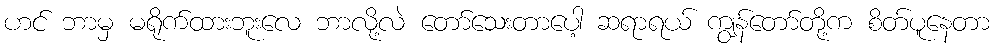
ဟင် ဘာမှ မရိုက်ထားဘူးလေ ဘာလို့လဲ တော်သေးတာပေါ့ ဆရာရယ် ကျွန်တော်တို့က စိတ်ပူနေတာ